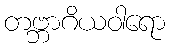
တဗ္ဘာဂိယဝါရော